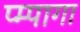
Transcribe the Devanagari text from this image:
प्म्पागा